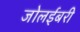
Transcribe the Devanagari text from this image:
जोलईबरी